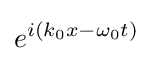
e^{i\left(k_{0}x-\omega _{0}t\right)}